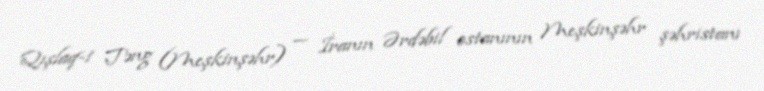
Qışlaq-i Təng (Meşkinşəhr) — İranın Ərdəbil ostanının Meşkinşəhr şəhristanı